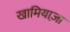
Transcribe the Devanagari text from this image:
खामियाज़ा